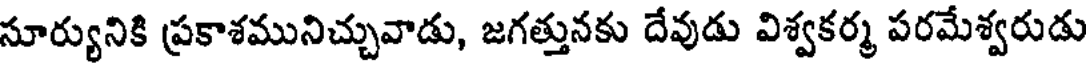
సూర్యునికి ప్రకాశమునిచ్చువాడు, జగత్తునకు దేవుడు విశ్వకర్మ పరమేశ్వరుడు